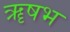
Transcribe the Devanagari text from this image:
ॠषभ